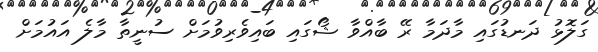
ގަލޮޅު ދަނޑުގައި މާދަމާ ރޭ ބާއްވާ ޝޯގައި ބައިވެރިވުމަށް ސުނީތާ މާލެ އައުމަށް